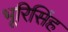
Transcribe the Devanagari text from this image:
भूरिसिंह